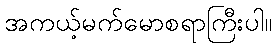
အကယ့်မက်မောစရာကြီးပါ။